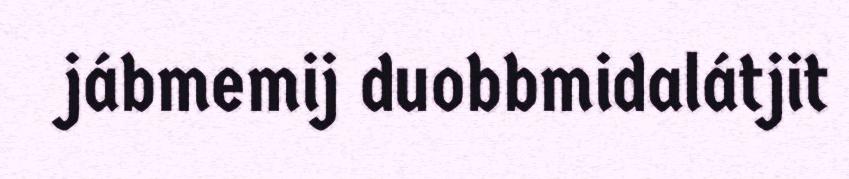
jábmemij duobbmidalátjit